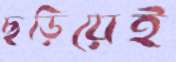
ছড়িয়েই